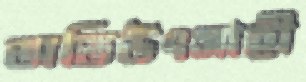
অতিউৎসাহী